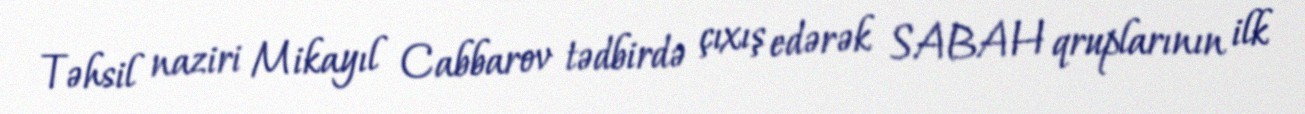
Təhsil naziri Mikayıl Cabbarov tədbirdə çıxış edərək SABAH qruplarının ilk